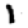
Digit: 1